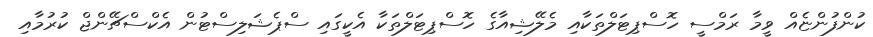
ކުންފުންޏެއް ވީމާ ރަމްސީ ހޮސްޕިޓަލްތަކާއި މެލޭޝިއާގެ ހޮސްޕިޓަލްތަކާ އެކީގައި ސްޕެޝަލިސްޓުން އެކްސްޗޭންޖް ކުރުމާއި